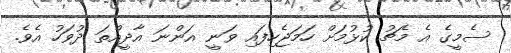
ސެމީގެ އެ މެޗު ކުޅުމަށް ހަމަޖެހިފައި ވަނީ އަންނަ އާދީއްތަ ދުވަހު އެވެ.